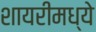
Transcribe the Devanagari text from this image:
शायरीमध्ये